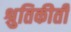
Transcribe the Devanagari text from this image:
श्रुतिकीर्ती